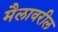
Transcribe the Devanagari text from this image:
मैलावरील